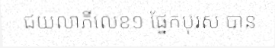
ជយលាភីលេខ១ ផ្នែកបុរស បាន